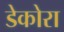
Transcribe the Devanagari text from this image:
डेकोरा